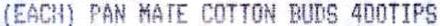
(EACH) PAN MATE COTTON BUDS 4DOTIPS